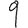
Digit: 9